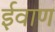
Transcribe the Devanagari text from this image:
ईवाण